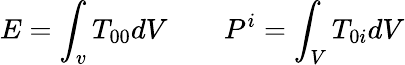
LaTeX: E=\int_{v}T_{00}dV\qquad P^{i}=\int_{V}T_{0i}dV